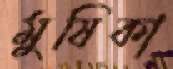
মুষিকা